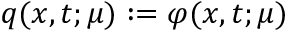
q ( x , t ; \mu ) : = \varphi ( x , t ; \mu )